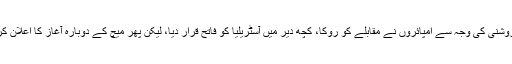
کم روشنی کی وجہ سے امپائروں نے مقابلے کو روکا، کچھ دیر میں آسٹریلیا کو فاتح قرار دیا، لیکن پھر میچ کے دوبارہ آغاز کا اعلان کردیا۔